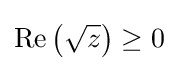
\operatorname {Re} \left({\sqrt {z}}\right)\geq 0